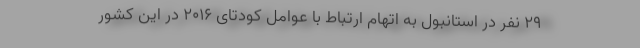
۲۹ نفر در استانبول به اتهام ارتباط با عوامل کودتای ۲۰۱۶ در این کشور